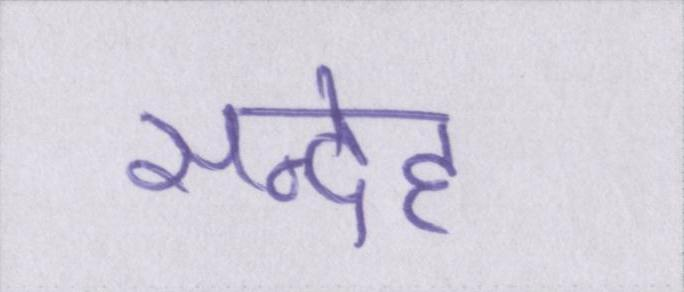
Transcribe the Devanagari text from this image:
सन्देह